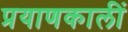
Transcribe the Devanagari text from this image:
प्रयाणकालीं